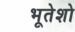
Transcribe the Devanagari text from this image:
भूतेशो